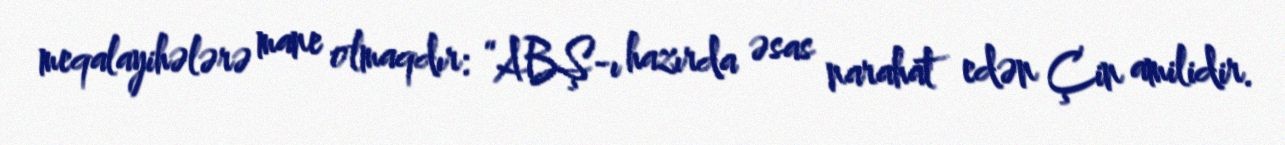
meqalayihələrə mane olmaqdır: “ABŞ-ı hazırda əsas narahat edən Çin amilidir.